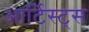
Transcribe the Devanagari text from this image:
आर्टिस्ट्‍स